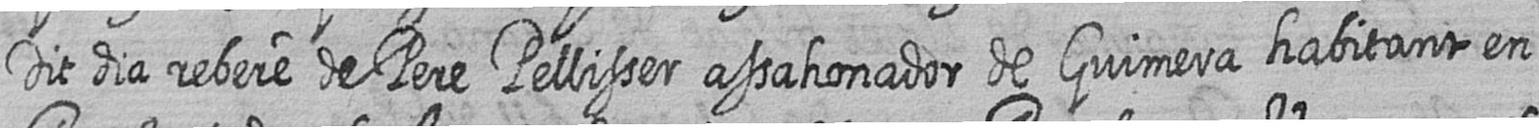
Dit dia rebere de Pere Pellisser assahonador de Guimera habitant en